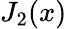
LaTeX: J_{2}(x)